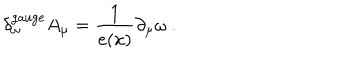
\delta _ { \omega } ^ { \mathrm { g a u g e } } A _ { \mu } = \frac 1 { e ( x ) } \partial _ { \mu } \omega \ .